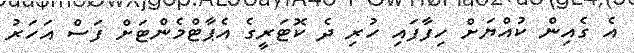
އެ ގެއިން ކުއްޔަށް ހިފާފައި ހުރި ދެ ކޮޓަރީގެ އެޕާޓްމެންޓަށް ފަސް އަހަރު